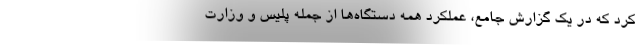
کرد که در یک گزارش جامع، عملکرد همه دستگاه‌ها از جمله پلیس و وزارت